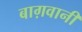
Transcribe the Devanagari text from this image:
बाग़वानी